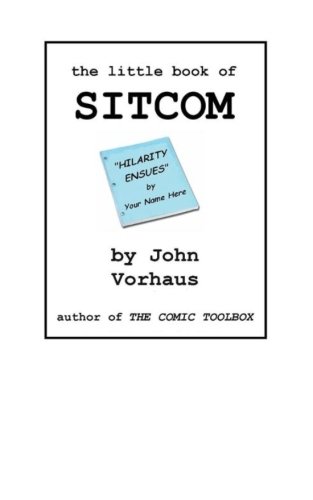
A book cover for The Little Book of SITCOM; John Vorhaus; Humor & Entertainment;